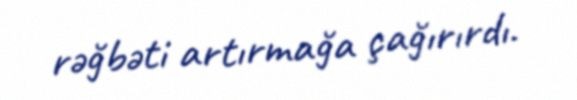
rəğbəti artırmağa çağırırdı.